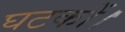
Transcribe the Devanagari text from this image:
घटकों।